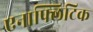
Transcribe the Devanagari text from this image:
एनाफ्लिटिक